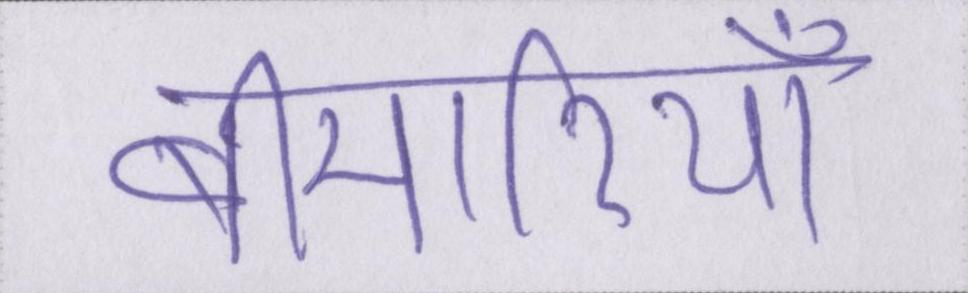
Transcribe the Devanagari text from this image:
बीमारियाँ